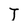
Character: T